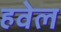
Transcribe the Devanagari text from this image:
हवेल